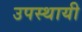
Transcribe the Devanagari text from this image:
उपस्थायी